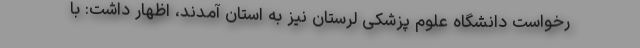
رخواست دانشگاه علوم پزشکی لرستان نیز به استان آمدند، اظهار داشت: با